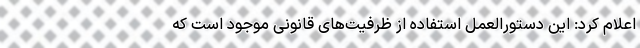
اعلام کرد: این دستورالعمل استفاده از ظرفیت‌های قانونی موجود است که